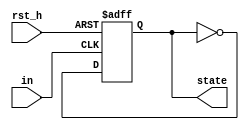
module FSM_APM(in, rst_h, state);
    input in;
    input rst_h;
    output reg state;
  
    always@(posedge in or posedge rst_h) 
        if (rst_h) state <= 1'b0;
        else state <= ~state;
    
endmodule